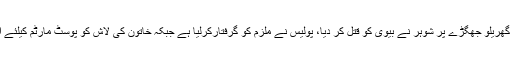
2016ء) ملتان میں گھریلو جھگڑے پر شوہر نے بیوی کو قتل کر دیا، پولیس نے ملزم کو گرفتارکرلیا ہے جبکہ خاتون کی لاش کو پوسٹ مارٹم کیلئے اسپتال بھجوادیا ہے ۔